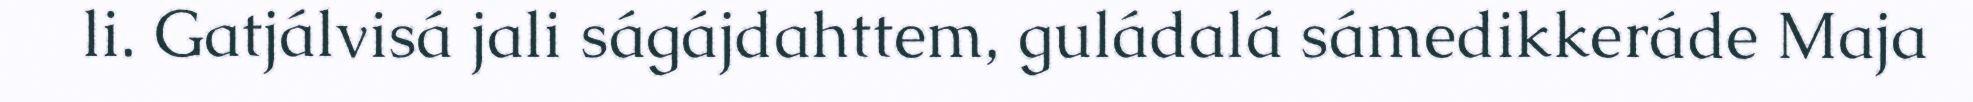
li. Gatjálvisá jali ságájdahttem, guládalá sámedikkeráde Maja